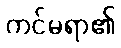
ကင်မရာ၏